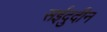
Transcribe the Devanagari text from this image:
सईदुदीन